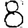
Digit: 8